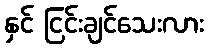
နှင် ငြင်းချင်သေးလား